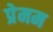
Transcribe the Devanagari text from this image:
प्रेमम